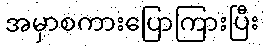
အမှာစကားပြောကြားပြီး